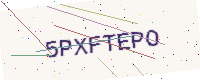
Text: 5PXFTEPO